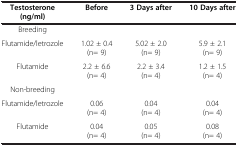
| Testosterone (ng/ml) | Before | 3 Days after | 10 Days after |
 | --- | --- | --- | --- |
 | Breeding |  |  |  |
 | Flutamide/letrozole | 1.02 ± 0.4 (n= 9) | 5.02 ± 2.0 (n= 9) | 5.9 ± 2.1 (n= 9) |
 | Flutamide | 2.2 ± 6.6 (n= 4) | 2.2 ± 3.4 (n= 4) | 1.2 ± 1.5 (n= 4) |
 | Non-breeding |  |  |  |
 | Flutamide/letrozole | 0.06 (n= 4) | 0.04 (n= 4) | 0.04 (n= 4) |
 | Flutamide | 0.04 (n= 4) | 0.05 (n= 4) | 0.08 (n= 4) |